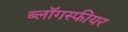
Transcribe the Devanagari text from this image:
ब्लॉगस्फीयर